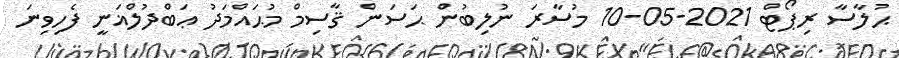
ޙުލާސާ ރިޕޯޓް 2021-05-10 މުސާރަ ނުލިބުން ޙަސަން ޤާސިމް މުޙައްމަދު ޢަބްދުލްޣަނީ ފެހިވިނަ